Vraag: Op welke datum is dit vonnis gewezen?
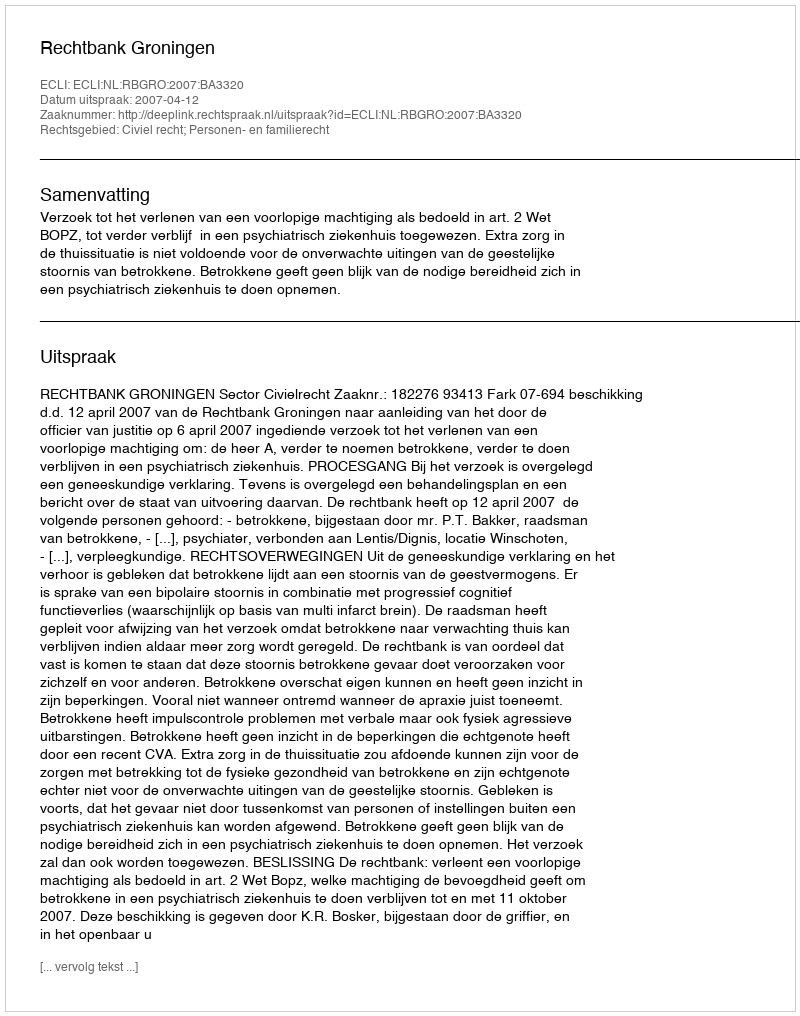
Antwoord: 2007-04-12